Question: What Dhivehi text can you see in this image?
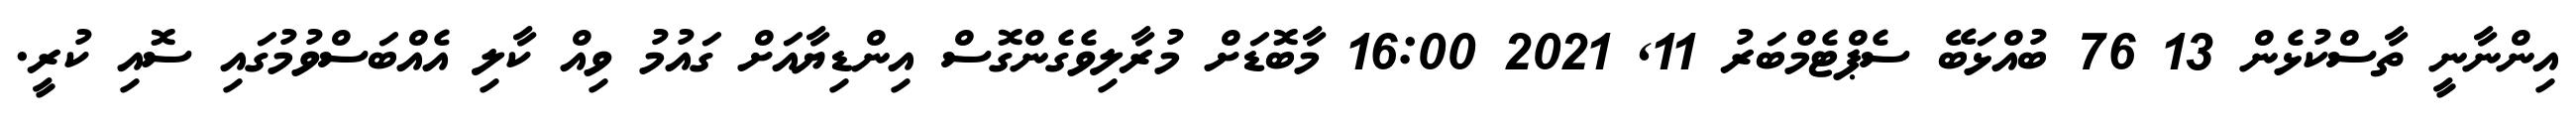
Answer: އިންނާނީ ތާސްކުޅެން 13 76 ބުއްޅަބޭ ސެޕްޓެމްބަރު 11, 2021 16:00 މާބޮޑަށް މުރާލިވެގެންގޮސް އިންޑިޔާއަށް ގައުމު ވިއް ކާލި އެއްބަސްވުމުގައި ސޮއި ކުރީ.